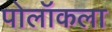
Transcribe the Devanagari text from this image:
पोलॉकला